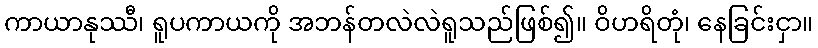
ကာယာနုဿီ၊ ရူပကာယကို အဘန်တလဲလဲရူသည်ဖြစ်၍။ ဝိဟရိတုံ၊ နေခြင်းငှာ။